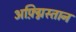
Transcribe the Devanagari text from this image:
अफ़्ग्निस्तान